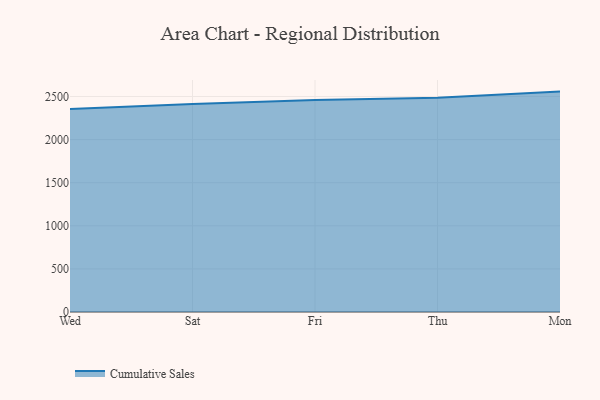
{"axis": {"x": "Day", "y": "Backlog"}, "legend": ["Cumulative Sales"], "data": [{"x": "Wed", "y": 2355.4, "type": "Cumulative Sales"}, {"x": "Sat", "y": 2411.8, "type": "Cumulative Sales"}, {"x": "Fri", "y": 2459.3, "type": "Cumulative Sales"}, {"x": "Thu", "y": 2486.8, "type": "Cumulative Sales"}, {"x": "Mon", "y": 2557.1, "type": "Cumulative Sales"}]}